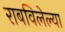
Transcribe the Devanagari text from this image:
राबविलेल्या